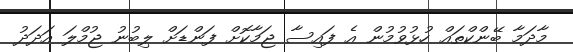
މާދަމާ ބޭންކްތައް ހުޅުވުމުން އެ ފައިސާ ޖަމާކޮށް ފަންޑަށް ލިބުނު ޖުމްލަ އަދަދު